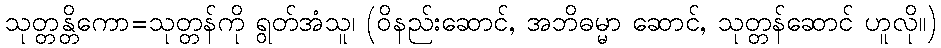
သုတ္တန္တိကော=သုတ္တန်ကို ရွတ်အံသူ၊ (ဝိနည်းဆောင်, အဘိဓမ္မာ ဆောင်, သုတ္တန်ဆောင် ဟူလို။)